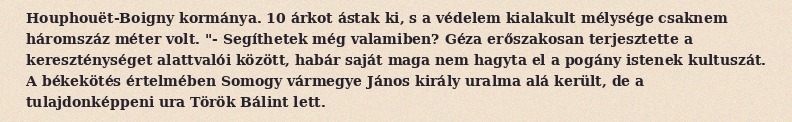
Houphouët-Boigny kormánya. 10 árkot ástak ki, s a védelem kialakult mélysége csaknem háromszáz méter volt. "- Segíthetek még valamiben? Géza erőszakosan terjesztette a kereszténységet alattvalói között, habár saját maga nem hagyta el a pogány istenek kultuszát. A békekötés értelmében Somogy vármegye János király uralma alá került, de a tulajdonképpeni ura Török Bálint lett.